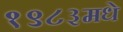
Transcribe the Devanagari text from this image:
१९८३मधे